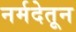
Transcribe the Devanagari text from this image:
नर्मदेतून